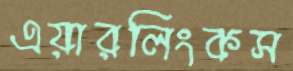
এয়ারলিংকস